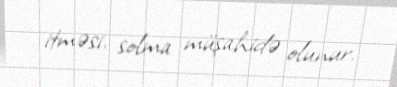
itməsi, solma müşahidə olunur.